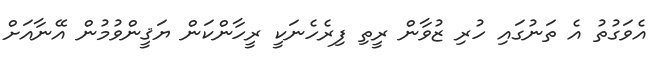
އެވަގުތު އެ ތަނުގައި ހުރި ޒުވާން ރީތި ފިރެހެނަކީ ރީހާންކަން ޔަޤީންވުމުން އޭނާއަށް